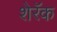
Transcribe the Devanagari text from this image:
शेरॅक